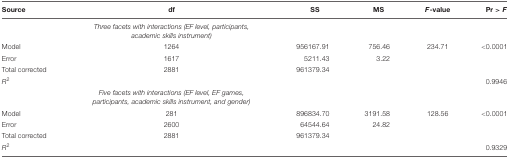
| Source | df | SS | MS | F-value | Pr > F |
 | --- | --- | --- | --- | --- | --- |
 |  | Three facets with interactions (EF level, participants, academic skills instrument) |  |  |  |  |
 | Model | 1264 | 956167.91 | 756.46 | 234.71 | <0.0001 |
 | Error | 1617 | 5211.43 | 3.22 |  |  |
 | Total corrected | 2881 | 961379.34 |  |  |  |
 | R2 |  |  |  |  | 0.9946 |
 |  | Five facets with interactions (EF level, EF games, participants, academic skills instrument, and gender) |  |  |  |  |
 | Model | 281 | 896834.70 | 3191.58 | 128.56 | <0.0001 |
 | Error | 2600 | 64544.64 | 24.82 |  |  |
 | Total corrected | 2881 | 961379.34 |  |  |  |
 | R2 |  |  |  |  | 0.9329 |